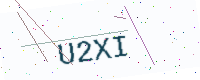
Text: U2XI